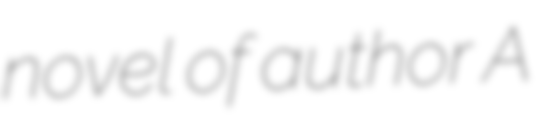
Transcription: novel of author A